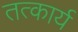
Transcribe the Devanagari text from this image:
तत्कार्य